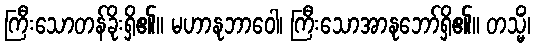
ကြီးသောတန်ခိုးရှိ၏။ မဟာနုဘာဝေါ၊ ကြီးသောအာနုဘော်ရှိ၏။ တသ္မိံ၊